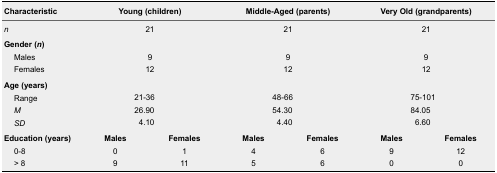
| Characteristic | <COLSPAN=2> Young (children) | <COLSPAN=2> Middle-Aged (parents) | <COLSPAN=2> Very Old (grandparents) |
 | --- | --- | --- | --- | --- | --- | --- |
 | n | <COLSPAN=2> 21 | <COLSPAN=2> 21 | <COLSPAN=2> 21 |
 | <COLSPAN=7> Gender (n) |
 | Males | <COLSPAN=2> 9 | <COLSPAN=2> 9 | <COLSPAN=2> 9 |
 | Females | <COLSPAN=2> 12 | <COLSPAN=2> 12 | <COLSPAN=2> 12 |
 | <COLSPAN=7> Age (years) |
 | Range | <COLSPAN=2> 21-36 | <COLSPAN=2> 48-66 | <COLSPAN=2> 75-101 |
 | M | <COLSPAN=2> 26.90 | <COLSPAN=2> 54.30 | <COLSPAN=2> 84.05 |
 | SD | <COLSPAN=2> 4.10 | <COLSPAN=2> 4.40 | <COLSPAN=2> 6.60 |
 | Education (years) | Males | Females | Males | Females | Males | Females |
 | 0-8 | 0 | 1 | 4 | 6 | 9 | 12 |
 | > 8 | 9 | 11 | 5 | 6 | 0 | 0 |